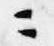
ニ